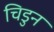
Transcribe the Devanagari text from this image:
चिडुन